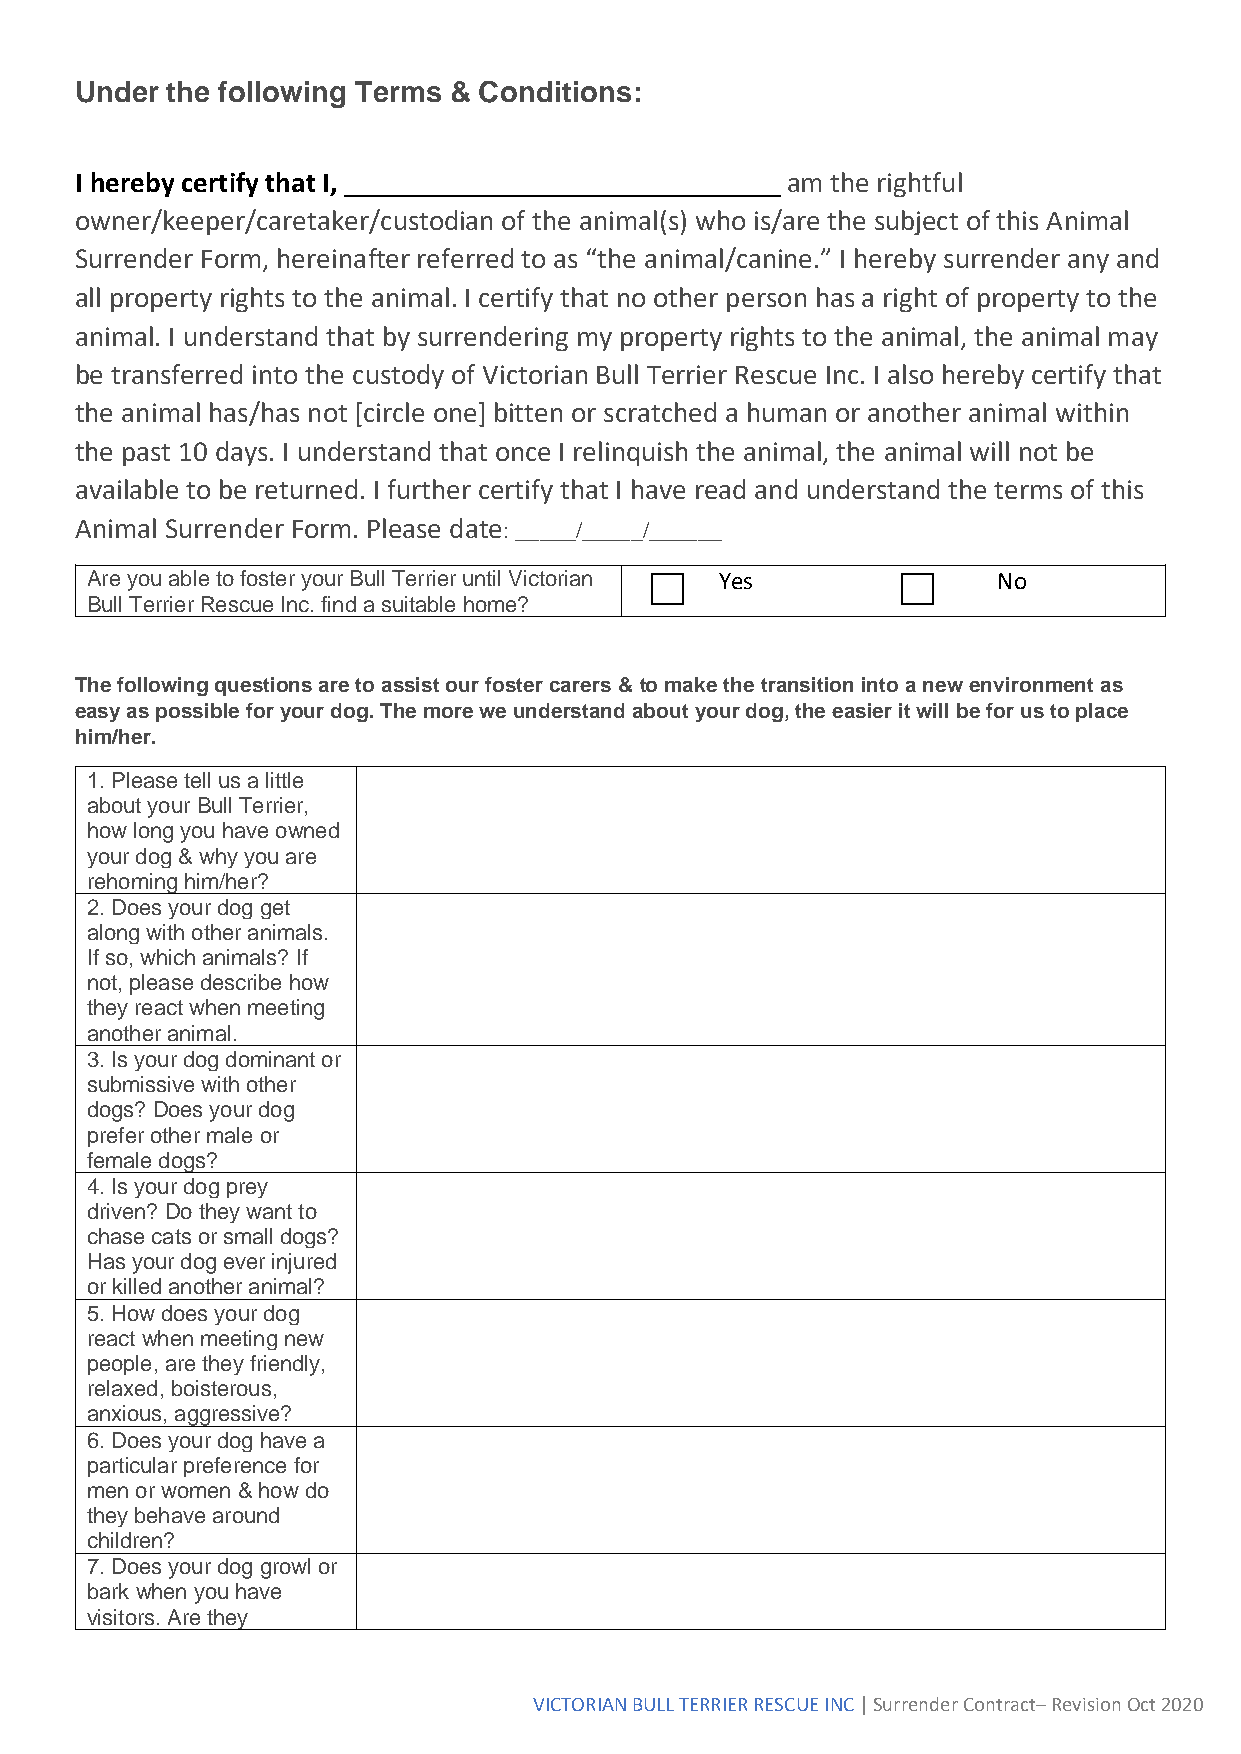
Under the following Terms & Conditions:
 I hereby certify that I, ______________________________ am the rightful
 owner/keeper/caretaker/custodian of the animal(s) who is/are the subject of this Animal
 Surrender Form, hereinafter referred to as “the animal/canine.” I hereby surrender any and
 all property rights to the animal. I certify that no other person has a right of property to the
 animal. I understand that by surrendering my property rights to the animal, the animal may
 be transferred into the custody of Victorian Bull Terrier Rescue Inc. I also hereby certify that
 the animal has/has not [circle one] bitten or scratched a human or another animal within
 the past 10 days. I understand that once I relinquish the animal, the animal will not be
 available to be returned. I further certify that I have read and understand the terms of this
 Animal Surrender Form. Please date: _____/_____/______
 Are you able to foster your Bull Terrier until Victorian Yes No
 Bull Terrier Rescue Inc. find a suitable home?
 The following questions are to assist our foster carers & to make the transition into a new environment as
 easy as possible for your dog. The more we understand about your dog, the easier it will be for us to place
 him/her.
 1. Please tell us a little
 about your Bull Terrier,
 how long you have owned
 your dog & why you are
 rehoming him/her?
 2. Does your dog get
 along with other animals.
 If so, which animals? If
 not, please describe how
 they react when meeting
 another animal.
 3. Is your dog dominant or
 submissive with other
 dogs? Does your dog
 prefer other male or
 female dogs?
 4. Is your dog prey
 driven? Do they want to
 chase cats or small dogs?
 Has your dog ever injured
 or killed another animal?
 5. How does your dog
 react when meeting new
 people, are they friendly,
 relaxed, boisterous,
 anxious, aggressive?
 6. Does your dog have a
 particular preference for
 men or women & how do
 they behave around
 children?
 7. Does your dog growl or
 bark when you have
 visitors. Are they
 VICTORIAN BULL TERRIER RESCUE INC | Surrender Contract– Revision Oct 2020